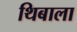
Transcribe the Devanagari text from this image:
थिबाला